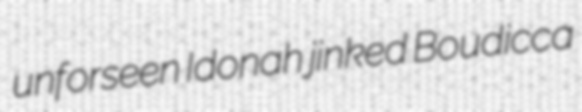
unforseen Idonah jinked Boudicca